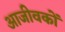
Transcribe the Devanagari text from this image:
आजीवकों